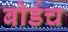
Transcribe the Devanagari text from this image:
बोर्डच